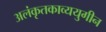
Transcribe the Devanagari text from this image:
अलंकृतकाव्ययुगीन